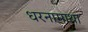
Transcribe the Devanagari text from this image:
धरनामाथा